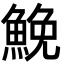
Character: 鮸